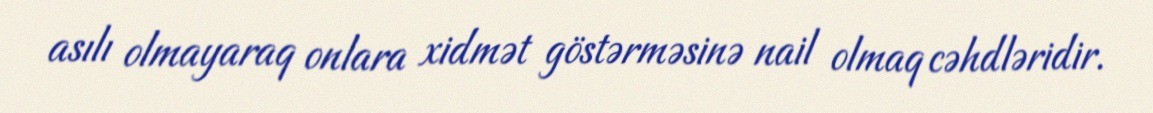
asılı olmayaraq onlara xidmət göstərməsinə nail olmaq cəhdləridir.